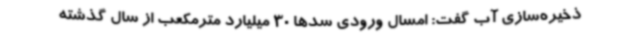
ذخیره‌سازی آب گفت: امسال ورودی سدها 30 میلیارد مترمکعب از سال گذشته